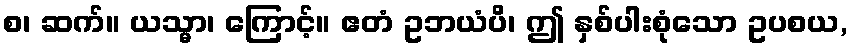
စ၊ ဆက်။ ယသ္မာ၊ ကြောင့်။ ဧတံ ဥဘယံပိ၊ ဤ နှစ်ပါးစုံသော ဥပစယ,